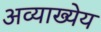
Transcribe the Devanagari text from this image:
अव्याख्येय